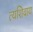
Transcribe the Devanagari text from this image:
त्यशिवाय